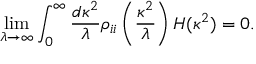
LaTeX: \operatorname * { l i m } _ { \lambda \rightarrow \infty } \int _ { 0 } ^ { \infty } \frac { d \kappa ^ { 2 } } { \lambda } \rho _ { i i } \left( \frac { \kappa ^ { 2 } } { \lambda } \right) H ( \kappa ^ { 2 } ) = 0 .